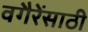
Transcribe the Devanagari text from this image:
वगैरेंसाठी